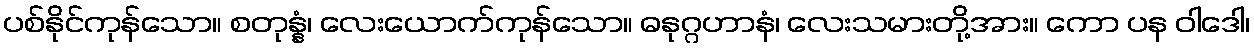
ပစ်နိုင်ကုန်သော။ စတုန္နံ၊ လေးယောက်ကုန်သော။ ဓနုဂ္ဂဟာနံ၊ လေးသမားတို့အား။ ကော ပန ဝါဒေါ၊